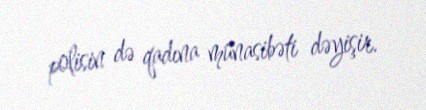
polisin də qadına münasibəti dəyişir.